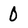
Character: 0